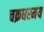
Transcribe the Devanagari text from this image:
चक्रधरमय